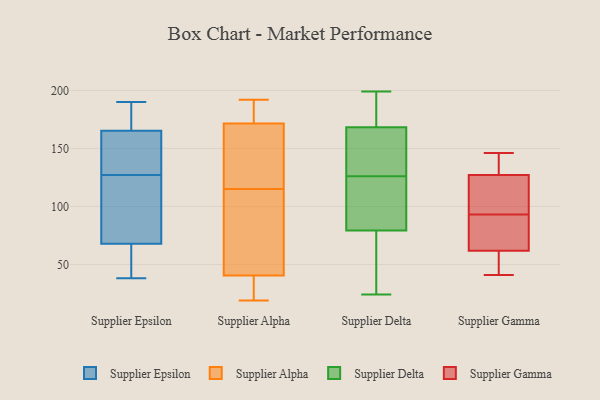
{"axis": {"x": "Satisfaction Score", "y": "Value"}, "legend": ["Supplier Alpha", "Supplier Delta", "Supplier Epsilon", "Supplier Gamma"], "data": [{"x": "", "y": 169, "type": "Supplier Epsilon"}, {"x": "", "y": 188, "type": "Supplier Epsilon"}, {"x": "", "y": 102, "type": "Supplier Epsilon"}, {"x": "", "y": 188, "type": "Supplier Epsilon"}, {"x": "", "y": 164, "type": "Supplier Epsilon"}, {"x": "", "y": 38, "type": "Supplier Epsilon"}, {"x": "", "y": 77, "type": "Supplier Epsilon"}, {"x": "", "y": 190, "type": "Supplier Epsilon"}, {"x": "", "y": 127, "type": "Supplier Epsilon"}, {"x": "", "y": 63, "type": "Supplier Epsilon"}, {"x": "", "y": 67, "type": "Supplier Epsilon"}, {"x": "", "y": 78, "type": "Supplier Epsilon"}, {"x": "", "y": 68, "type": "Supplier Epsilon"}, {"x": "", "y": 149, "type": "Supplier Epsilon"}, {"x": "", "y": 53, "type": "Supplier Epsilon"}, {"x": "", "y": 135, "type": "Supplier Epsilon"}, {"x": "", "y": 148, "type": "Supplier Epsilon"}, {"x": "", "y": 36, "type": "Supplier Alpha"}, {"x": "", "y": 192, "type": "Supplier Alpha"}, {"x": "", "y": 23, "type": "Supplier Alpha"}, {"x": "", "y": 175, "type": "Supplier Alpha"}, {"x": "", "y": 67, "type": "Supplier Alpha"}, {"x": "", "y": 45, "type": "Supplier Alpha"}, {"x": "", "y": 117, "type": "Supplier Alpha"}, {"x": "", "y": 135, "type": "Supplier Alpha"}, {"x": "", "y": 21, "type": "Supplier Alpha"}, {"x": "", "y": 113, "type": "Supplier Alpha"}, {"x": "", "y": 150, "type": "Supplier Alpha"}, {"x": "", "y": 183, "type": "Supplier Alpha"}, {"x": "", "y": 168, "type": "Supplier Alpha"}, {"x": "", "y": 191, "type": "Supplier Alpha"}, {"x": "", "y": 19, "type": "Supplier Alpha"}, {"x": "", "y": 100, "type": "Supplier Alpha"}, {"x": "", "y": 116, "type": "Supplier Delta"}, {"x": "", "y": 199, "type": "Supplier Delta"}, {"x": "", "y": 162, "type": "Supplier Delta"}, {"x": "", "y": 163, "type": "Supplier Delta"}, {"x": "", "y": 170, "type": "Supplier Delta"}, {"x": "", "y": 142, "type": "Supplier Delta"}, {"x": "", "y": 103, "type": "Supplier Delta"}, {"x": "", "y": 96, "type": "Supplier Delta"}, {"x": "", "y": 76, "type": "Supplier Delta"}, {"x": "", "y": 176, "type": "Supplier Delta"}, {"x": "", "y": 57, "type": "Supplier Delta"}, {"x": "", "y": 24, "type": "Supplier Delta"}, {"x": "", "y": 181, "type": "Supplier Delta"}, {"x": "", "y": 181, "type": "Supplier Delta"}, {"x": "", "y": 126, "type": "Supplier Delta"}, {"x": "", "y": 89, "type": "Supplier Delta"}, {"x": "", "y": 159, "type": "Supplier Delta"}, {"x": "", "y": 44, "type": "Supplier Delta"}, {"x": "", "y": 70, "type": "Supplier Delta"}, {"x": "", "y": 41, "type": "Supplier Gamma"}, {"x": "", "y": 68, "type": "Supplier Gamma"}, {"x": "", "y": 130, "type": "Supplier Gamma"}, {"x": "", "y": 63, "type": "Supplier Gamma"}, {"x": "", "y": 137, "type": "Supplier Gamma"}, {"x": "", "y": 146, "type": "Supplier Gamma"}, {"x": "", "y": 126, "type": "Supplier Gamma"}, {"x": "", "y": 114, "type": "Supplier Gamma"}, {"x": "", "y": 51, "type": "Supplier Gamma"}, {"x": "", "y": 123, "type": "Supplier Gamma"}, {"x": "", "y": 73, "type": "Supplier Gamma"}, {"x": "", "y": 93, "type": "Supplier Gamma"}, {"x": "", "y": 58, "type": "Supplier Gamma"}]}